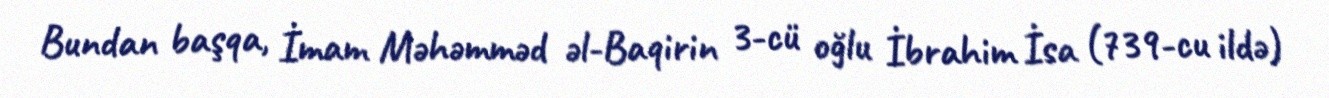
Bundan başqa, İmam Məhəmməd əl-Baqirin 3-cü oğlu İbrahim İsa (739-cu ildə)